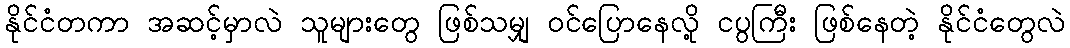
နိုင်ငံတကာ အဆင့်မှာလဲ သူများတွေ ဖြစ်သမျှ ဝင်ပြောနေလို့ ငပွကြီး ဖြစ်နေတဲ့ နိုင်ငံတွေလဲ